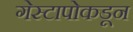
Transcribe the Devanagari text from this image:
गेस्टापोकडून